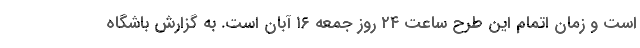
است و زمان اتمام این طرح ساعت ۲۴ روز جمعه ۱۶ آبان است. به گزارش باشگاه